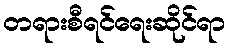
တရားစီရင်ရေးဆိုင်ရာ